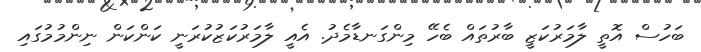
ބަހުސް އޮތީ ލާމަރުކަޒީ ބާރުތައް ބެހޭ މިންގަނޑާމެދު. އެއީ ލާމަރުކަޒުކުރަނީ ކަންކަން ނިންމުމުގައި